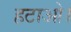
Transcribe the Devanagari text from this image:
हटाओ।